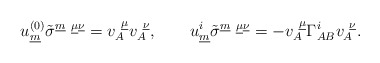
\begin{align*} u^{(0)}_{\underline{m}}\tilde{\sigma}^{\underline{m}~\underline{\mu}\underline{\nu}}= v^{~\underline{\mu}}_{A}v_{A}^{~\underline{\nu}},\qquad u^{i}_{\underline{m}}\tilde{\sigma}^{\underline{m}~\underline{\mu}\underline{\nu}}= - v^{~\underline{\mu}}_{A} \Gamma^i_{AB}v_{A}^{~\underline{\nu}}.\end{align*}